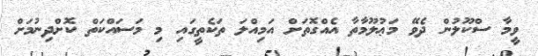
ވީމާ ސްކޫލުން ދެވޭ މަޢުލޫމާތާ އެއްގޮތަށް އަމިއްލަ ތަކެތީގައި މި މަސައްކަތް ކޮށްދިނުމަށް